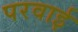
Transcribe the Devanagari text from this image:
परवाई